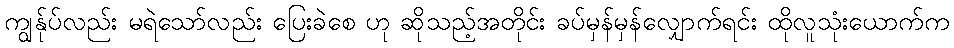
ကျွန်ုပ်လည်း မရဲသော်လည်း ပြေးခဲစေ ဟု ဆိုသည့်အတိုင်း ခပ်မှန်မှန်လျှောက်ရင်း ထိုလူသုံးယောက်က